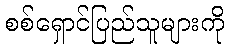
စစ်ရှောင်ပြည်သူများကို